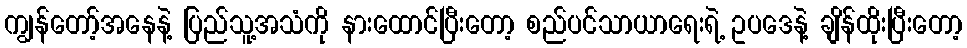
ကျွန်တော့်အနေနဲ့ ပြည်သူ့အသံကို နားထောင်ပြီးတော့ စည်ပင်သာယာရေးရဲ့ ဥပဒေနဲ့ ချိန်ထိုးပြီးတော့